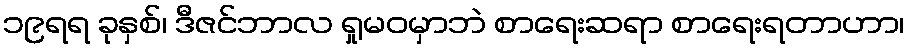
၁၉ရရ ခုနှစ်၊ ဒီဇင်ဘာလ ရှုမဝမှာဘဲ စာရေးဆရာ စာရေးရတာဟာ၊